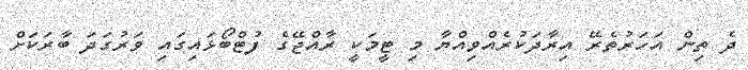
ދެ ތިން އަހަރުތެރޭ އިރާދަކުރެއްވިއްޔާ މި ޓީމަކީ ރާއްޖޭގެ ފުޓްބޯޅައިގައި ވަރުގަދަ ބާރަކަށް